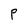
Character: P